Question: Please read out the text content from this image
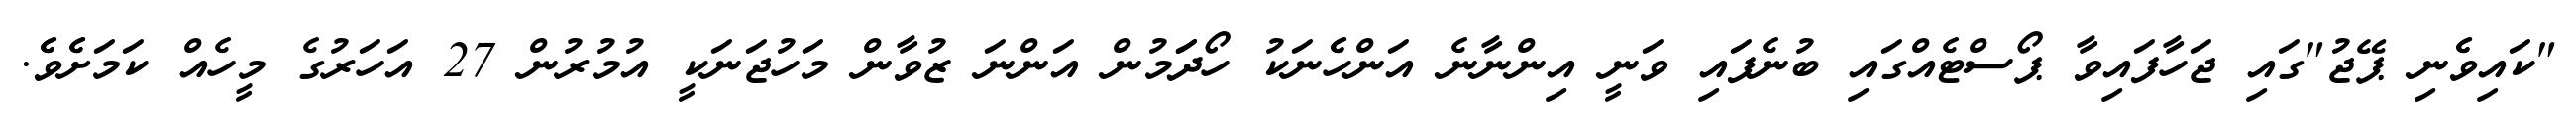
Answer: "ކައިވެެނި ޕޭޖު"ގައި ޖަހާފައިވާ ޕޯސްޓެއްގައި ބުނެފައި ވަނީ އިންނާނެ އަންހެެނަކު ހޯދަަމުން އަންނަ ޒުވާން މަހުޖަނަކީ އުމުރުން 27 އަހަރުގެ މީހެއް ކަމަށެެވެެ.